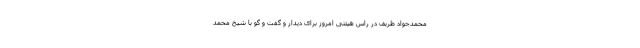
محمدجواد ظریف در راس هیئتی امروز برای دیدار و گفت و گو با شیخ محمد